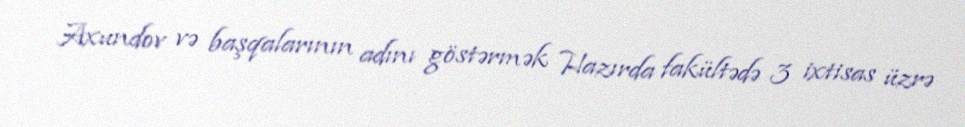
Axundov və başqalarının adını göstərmək Hazırda fakültədə 3 ixtisas üzrə